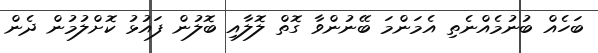
ބަހެއް ބުނުމެއްނެތި އެމަންމަ ބޭނުންވާ ގޮތް ލޮލާއި ބޮލުން ފައުޅު ކޮށްލުމުން ދެން